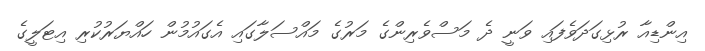
އިންޑިއާ ރުޅިގަދަވެފައި ވަނީ ދެ މަސްވެރިންގެ މަރުގެ މައްސަލާގައި އެގައުމުން ހައްޔަރުކުރި އިޓަލީގެ